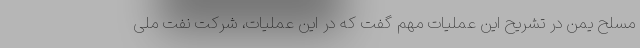
مسلح یمن در تشریح این عملیات مهم گفت که در این عملیات، شرکت نفت ملی